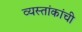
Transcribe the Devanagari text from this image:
व्यस्तांकांची